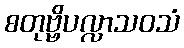
စတုဗ္ဗိပလ္လာသဝသံ